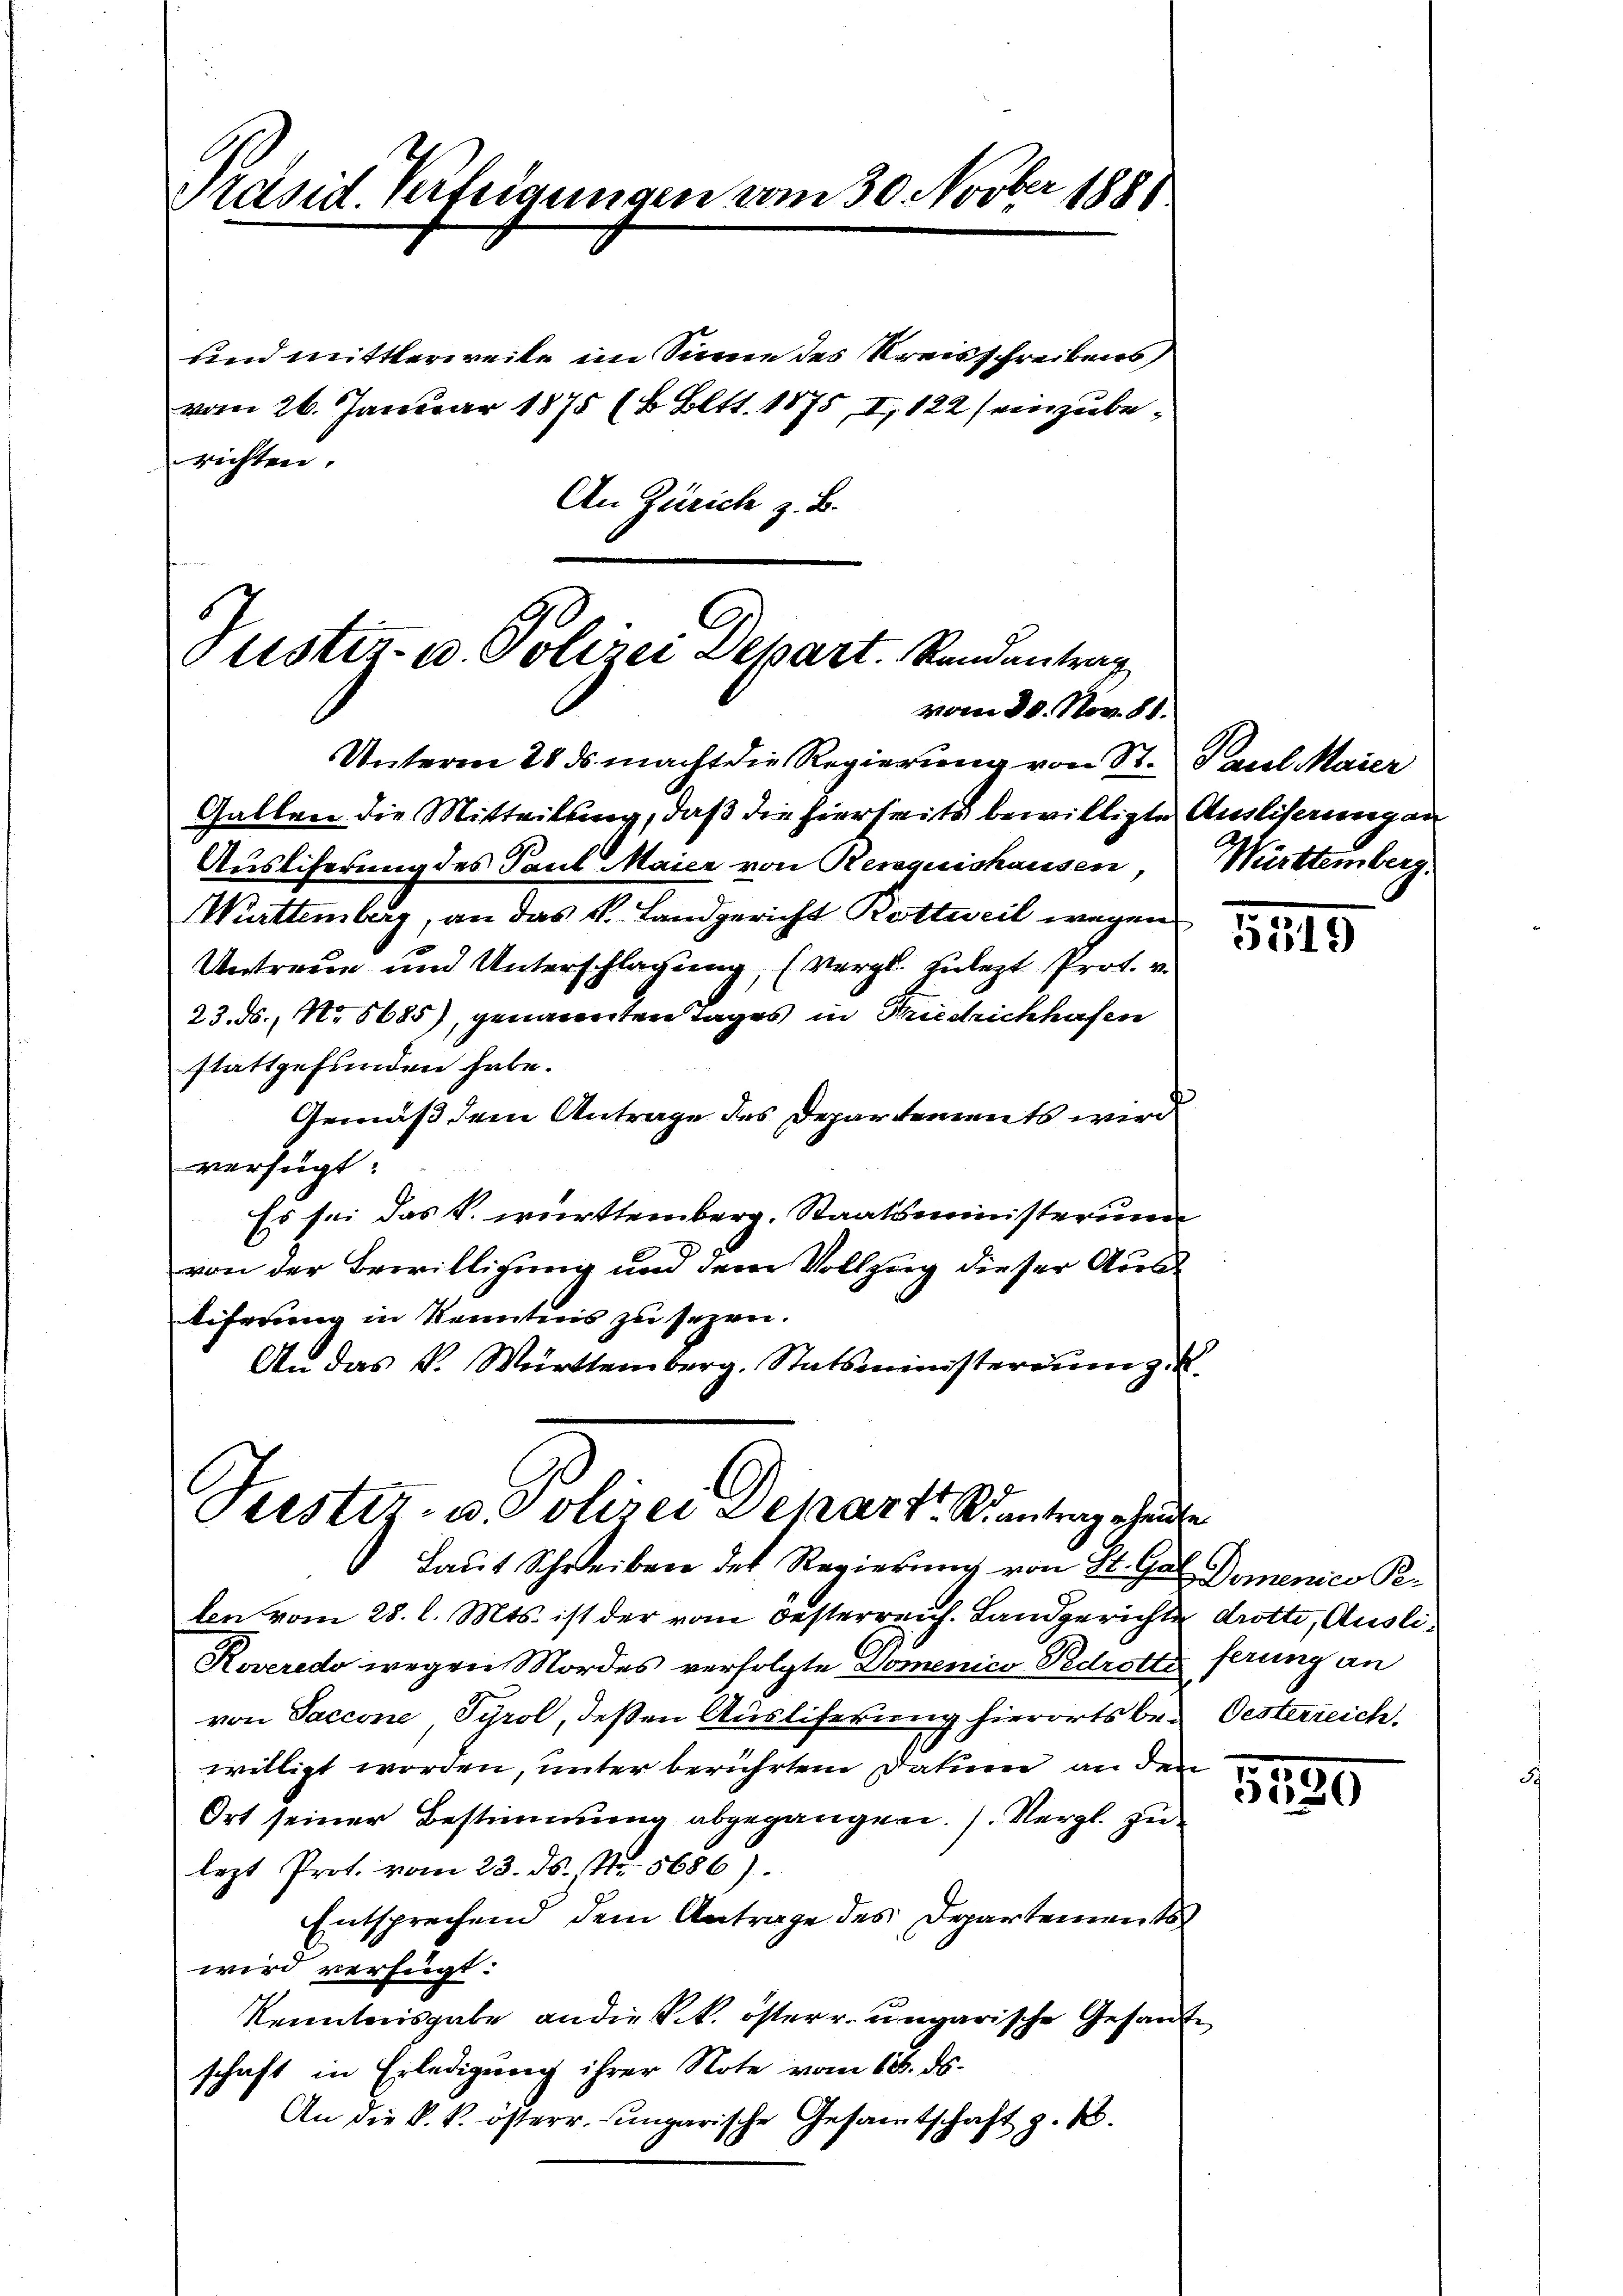
Präsid. Verfeigungen vom 30. Novber 1881

und mittlerweite im Sinne des Kreisschreibens,
vom 26. Januar 1875 (6. Bett. 1875, I, 122 (einzuberichten
An Zürich z. B.

ustiz- u. Polizei Depart. Randantrag
vom 20. Nov. 81.
Unterm 28. ds. macht die Regierung von St. Paul Maier

Gallen die Mitteilung, daß die hierseits bewilligte Ausliserung an
Ausliferung des Paul Maier von Renquishausen,
Württemberg, an das k. Landgericht Rottweil wegen
Untreue und Unterschlagung, (Vergl. zulezt Prot. v.
23. ds., No 6685), genannten Tages in Friedrichhafen
stattgefunden habe.
Gemäß dem Antrage des Departements wird
verfügt:
Es sei das k. württemberg. Staatsministeriu
von der Bewilligung und dem Vollzug dieser Austiferung in Kenntnis zu sezen.
An das K. Württemberg. Statsministerium z

Justiz- u. Polizei Schart antrag heute

Laut Schreiben der Regierung von St. G. Domenico Pe-

Württemberg.

len vom 28. l. Mts. ist der vom Oesterreich. Landgerichte drotte, Ausli¬
Roveredo wegen Mordes verfolgte Domenico - Pedrotts ferung an
von Saccone, Tyrol, deßen Ausliferung hierorts be¬ Oesterreich.
willigt worden, unter berührtem Datien an den
Ort seiner Bestimmung abgegangen. (Vergl. zu
lezt Prof. vom 23. ds. No. 5686)
Entsprechend dem Antrage des Departements
wird verfügt:
Kenntnisgabe an die k. österr. ungarische Gesandte
schaft in Erledigung ihrer Note vom 18. ds.
An die k. k. österr. Lungarische Gesamtschaft z. B.

5140

.
5520